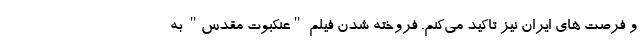
و فرصت های ایران نیز تاکید می‌کنم. فروخته شدن فیلم "عنکبوت مقدس" به